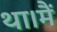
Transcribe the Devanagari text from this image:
था।मैं